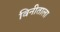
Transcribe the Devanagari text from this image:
विनीताला